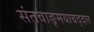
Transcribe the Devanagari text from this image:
संतवाङ्मयाबद्दल